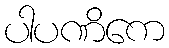
ပါပဏိကေ